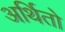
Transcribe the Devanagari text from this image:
अर्थितो